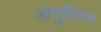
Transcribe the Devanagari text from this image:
आगुस्तिन